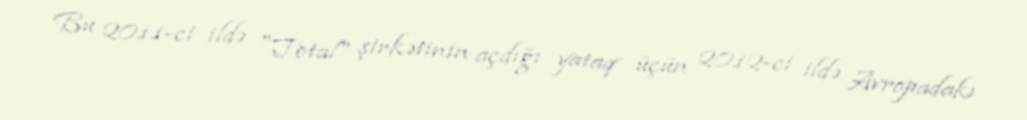
Bu 2011-ci ildə "Total" şirkətinin açdığı yataq üçün 2012-ci ildə Avropadakı